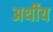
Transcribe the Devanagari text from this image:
अर्थीय